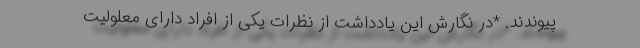
پيوندند. *در نگارش اين يادداشت از نظرات يكى از افراد داراى معلوليت